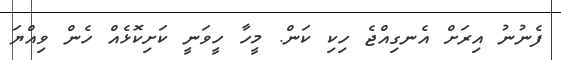
ފެނުނު އިރަށް އެނގިއްޖެ ހިކި ކަން. މީހާ ހީވަނީ ކަށިކޮޅެއް ހެން ވިއްޔަ